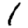
Digit: 1